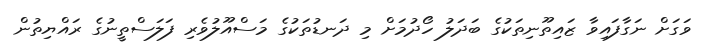
ވަގަށް ނަގާފައިވާ ޒައިތޫނިތަކުގެ ބަދަލު ހޯދުމަށް މި ދަނޑުތަކުގެ މަސްއޫލުވެރި ފަލަސްތީނުގެ ރައްޔިތުން